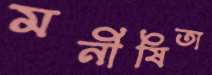
মনীষিতা